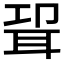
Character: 𰭸